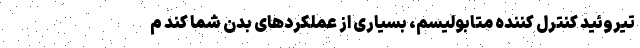
تیروئید کنترل کننده متابولیسم، بسیاری از عملکرد‌های بدن شما کند م